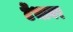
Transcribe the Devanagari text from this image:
टेंभावर